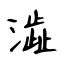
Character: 澁